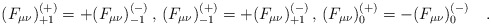
\begin{align*}(F_{\mu\nu})^{(+)}_{+1} = + (F_{\mu\nu})^{(-)}_{-1} \, , \,(F_{\mu\nu})^{(+)}_{-1} = + (F_{\mu\nu})^{(-)}_{+1} \, , \,(F_{\mu\nu})^{(+)}_{0} = - (F_{\mu\nu})^{(-)}_{0} \quad.\end{align*}